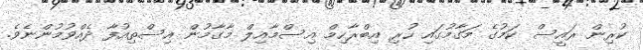
ކުރިން ރައީސް ކަމުގެ މަގާމުގައި ހުރި އިބްރާހިމް އިސްމާއިލް މާގާމުން އިސްތިއުފާ ދެއްވުމުންނެވެ.